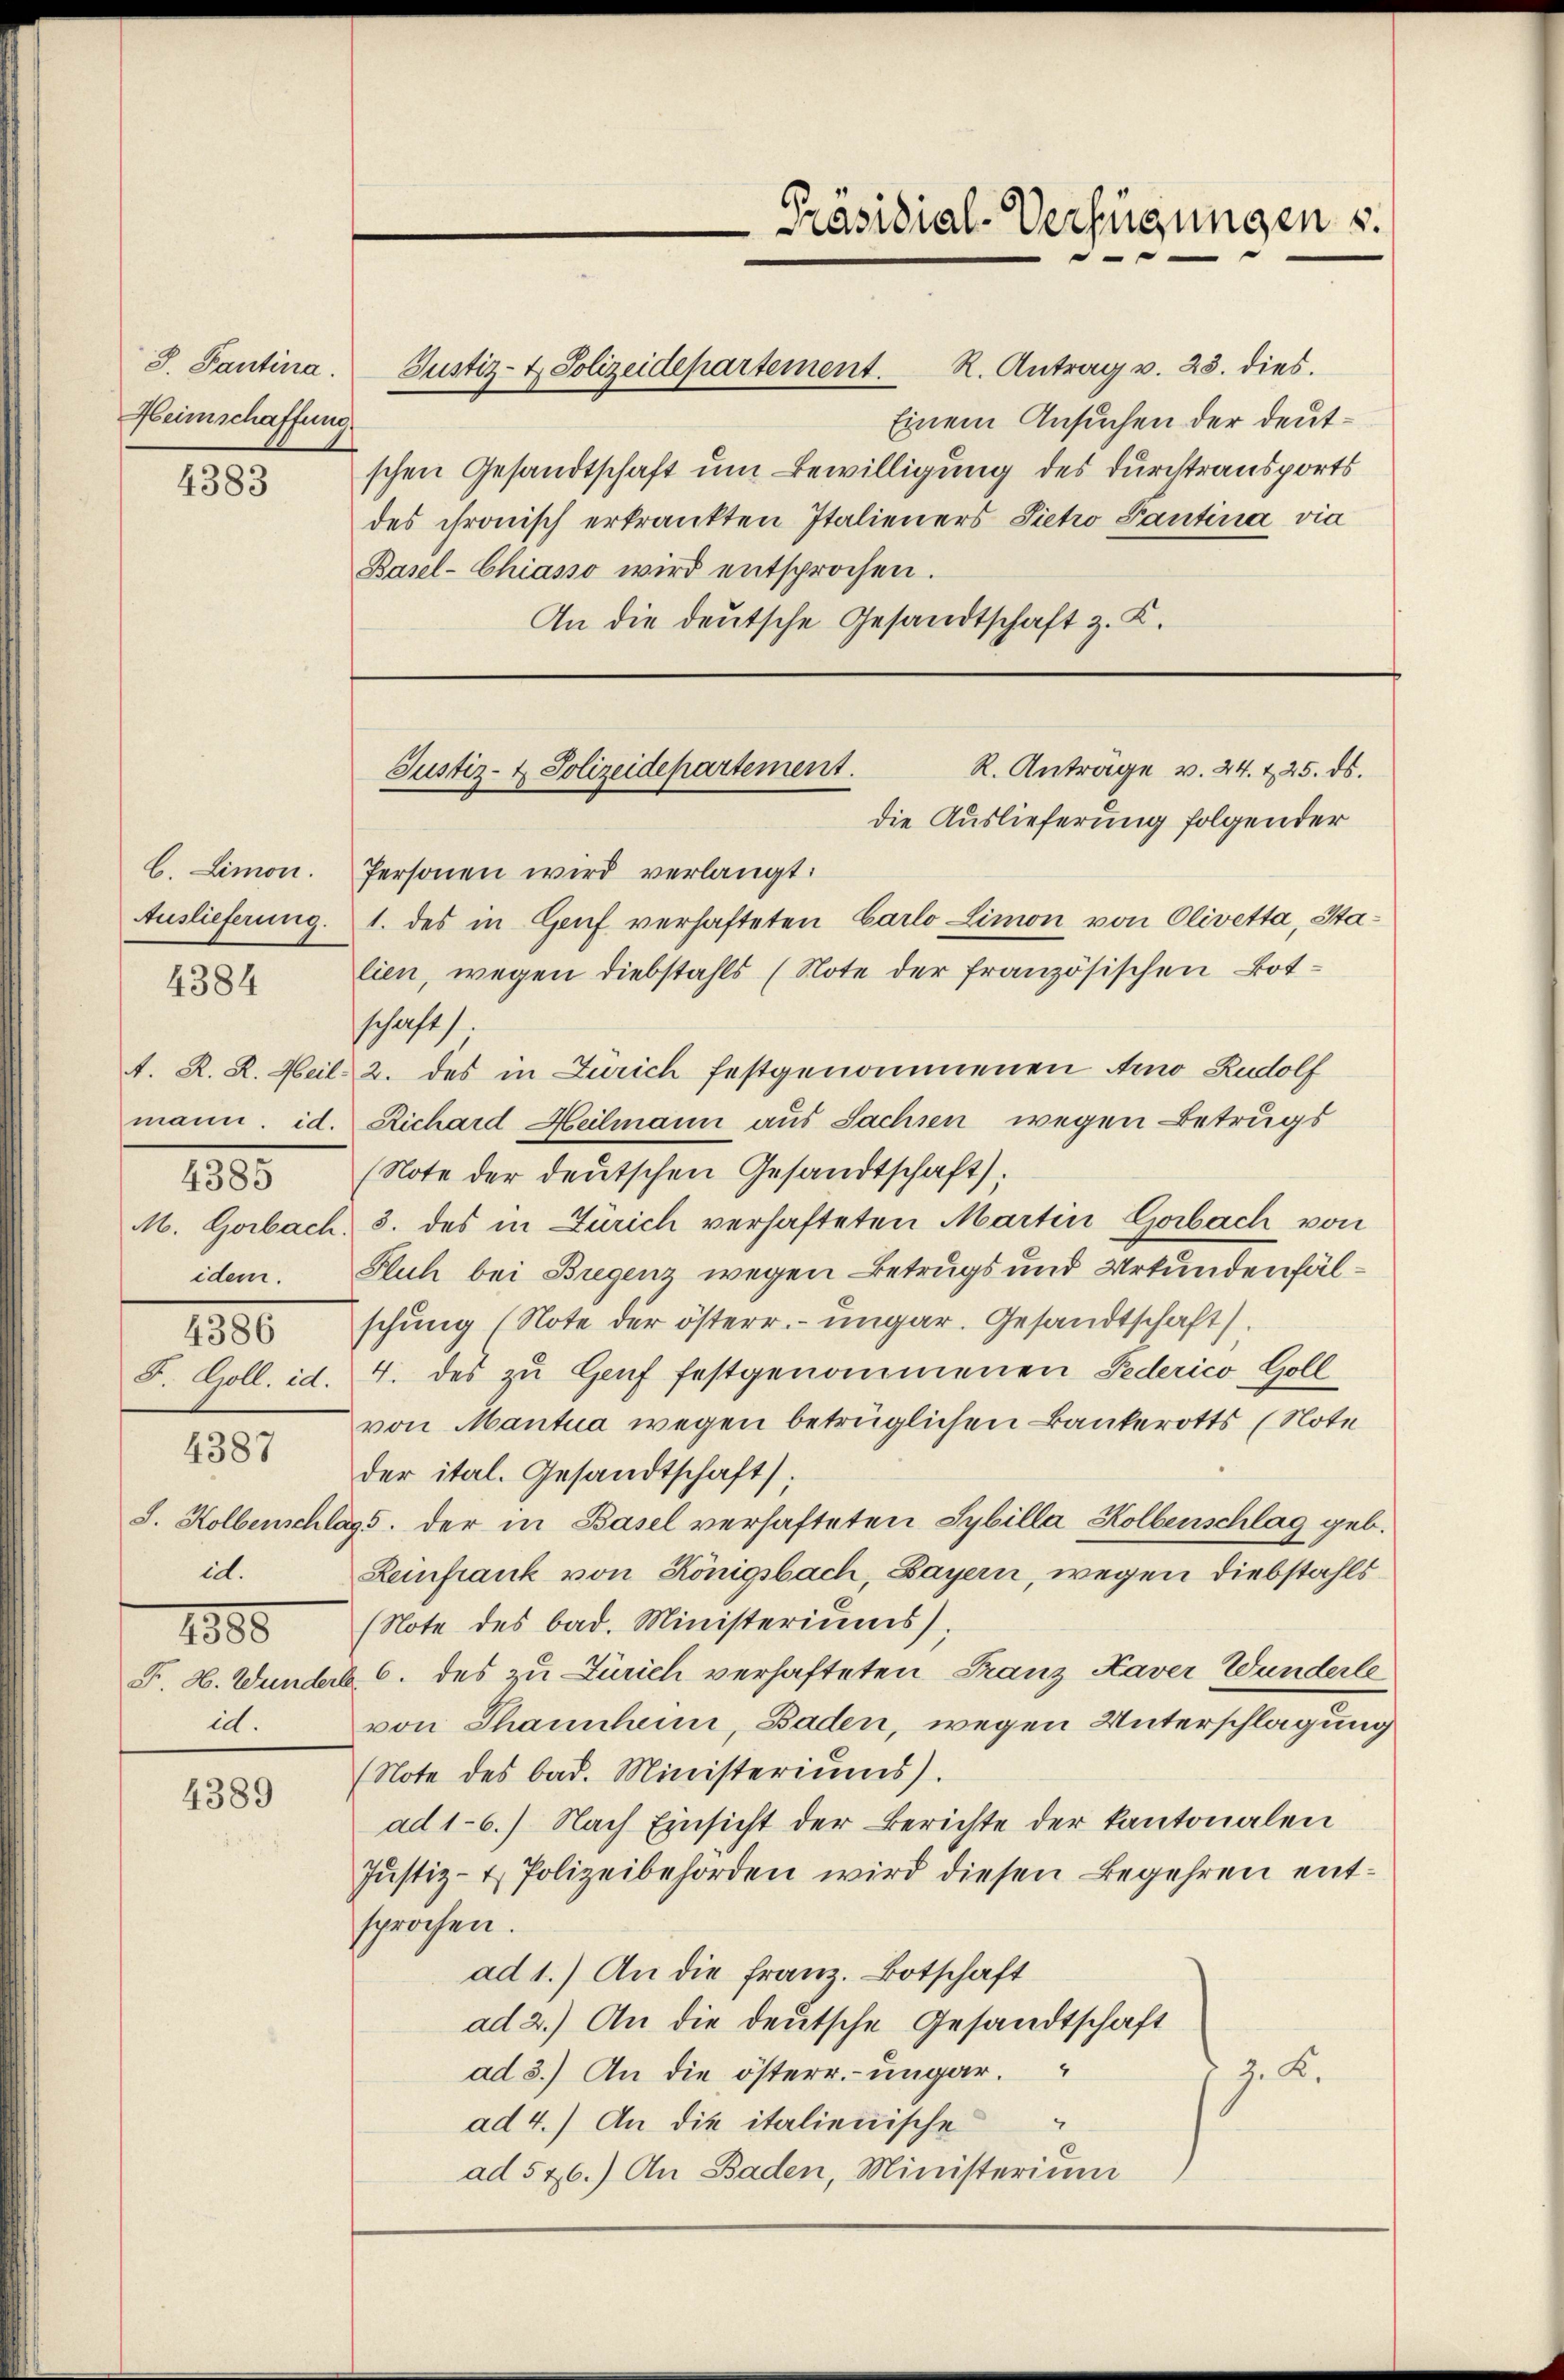
8. Tantina.
Heimschaffung

4383

4384

4385
idem.
4386

4387

it.
1885
it.

4389

Präsidial-Verfügungen s.
—

Justiz- & Polizeidepartement. R. Antrag v. 23. dies.

R. Anträge v. 24. 225. ds.
Justiz- & Polizeidepartement.
die Auslieferung folgender

Einem Ansuchen der deutschen Gesandtschaft um Bewilligung des durchtransports
des chronisch erkrankten Italieners Sietro Pantina via
Basel-Chiasso wird entsprochen.
An die deutsche Gesandtschaft z. K.

C. Limon. Personen wird verlangt:
Auslieferung. 1. des in Genf verhafteten Carlo Limon von Olivetta, Stalien, wegen Diebstahls (Note der französischen Botschaft)
A. R. R. Meil. 2. des in Zürich festgenommenen Arno Rudolf
mann. id. Richard Heilmann aus Sachsen wegen Betrugs
(Note der deutschen Gesandtschaft):
M. Gorbach, 5. des in Zürich verhafteten Martin Gorbach von
Fluch bei Bregenz wegen Betrugs und Urkundenfälschung (Note der österr. ungar. Gesandtschaft).
F. Goll. id. 4. des zu Genf festgenommenen Federico Goll
von Mantua wegen betrüglichen Bankerotts (Note
der ital. Gesandtschaft).
S. Holbenschlags der in Basel verhafteten Sybilla Kolbenschlag geb.
Keinfrank von Königsbach, Bayern, wegen Diebstahls
(Note des bad. Ministeriums,
F. H. Wunders 6. des zu Zürich verhafteten Franz Kaver Wunderlevon Thannheimi, Baden, wegen Unterschlagung
(Note des bad. Ministeriŭms).
ad 1-6.) Nach Einsicht der Berichte der kantonalen
Jŭstiz- & Polizeibehörden wird diesen Begehren entsprochen.
ad 1.) An die Franz. Botschaft
ad 2.) An die deutsche Gesandtschaft
ad 3.) An die österr. ungar.
e
ad 4.) An die italienische
ad 526.) An Baden, Ministerium